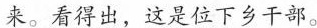
来。看得出，这是位下乡干部。